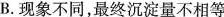
B.现象不同，最终沉淀量不相等